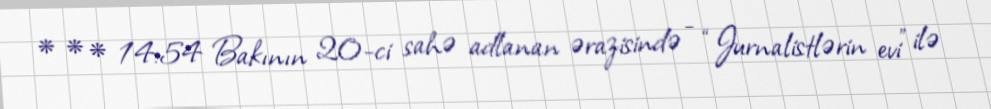
* * * 14:54 Bakının 20-ci sahə adlanan ərazisində - “Jurnalistlərin evi” ilə